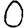
Digit: 0